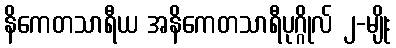
နိကေတသာရီယ အနိကေတသာရီပုဂ္ဂိုလ် ၂-မျိုး